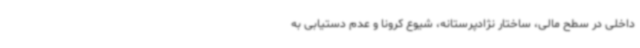
داخلی در سطح مالی، ساختار نژادپرستانه، شیوع کرونا و عدم دستیابی به